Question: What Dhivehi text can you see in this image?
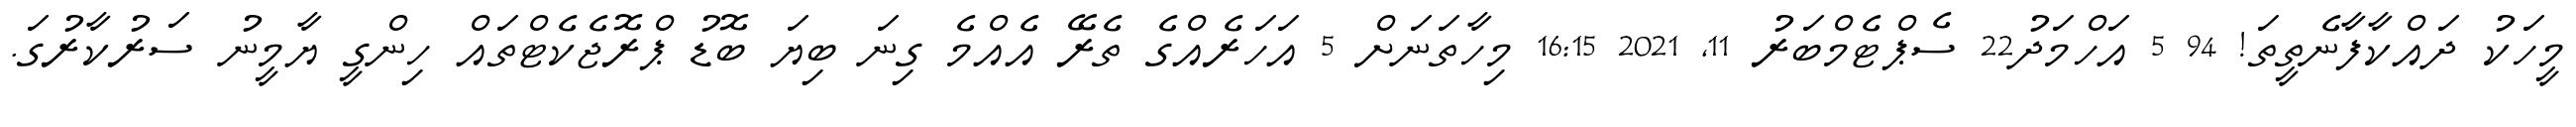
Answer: މީހަކު ދައްކާފާނެތީތަ! 94 5 އަހްމަދު22 ސެޕްޓެމްބަރު 11, 2021 16:15 މިހާތަނަށް 5 އަހަރެއްގެ ތެރޭ އެއްމެ ގިނަ ބިޔަ ބޮޑު ޕްރޮޖެކެޓްތައް ހިންގީ ޔާމީނު ސަރުކާރުގަ.